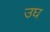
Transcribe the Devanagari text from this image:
उघ